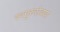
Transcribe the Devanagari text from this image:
स्वगुरुसेवया